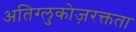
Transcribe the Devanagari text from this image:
अतिग्लुकोज़रक्तता